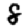
Digit: 8